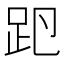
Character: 𧿏